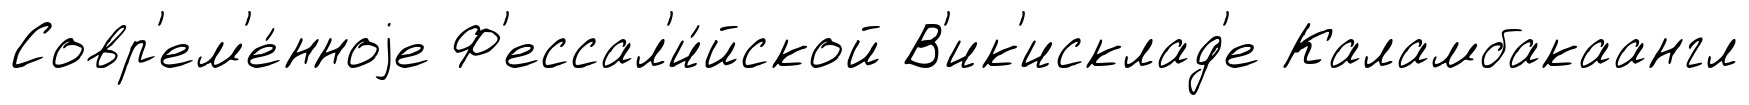
Совр'ем'е́нноjе Ф'ессал'и́йской В'ик'исклад'е Каламбакаангл